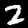
Label: 2